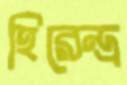
হিরেন্দ্র